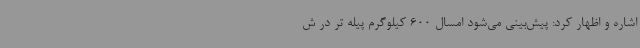
اشاره و اظهار کرد: پیش‌بینی می‌شود امسال 600 کیلوگرم پیله تر در ش